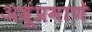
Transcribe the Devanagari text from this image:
अश्रूंप्रमाणे